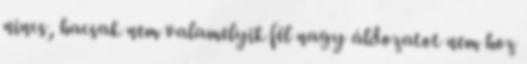
nincs, hacsak nem valamelyik fél nagy áldozatot nem hoz